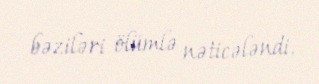
bəziləri ölümlə nəticələndi.